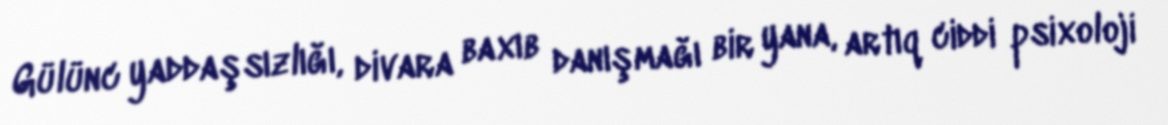
Gülünc yaddaşsızlığı, divara baxıb danışmağı bir yana, artıq ciddi psixoloji